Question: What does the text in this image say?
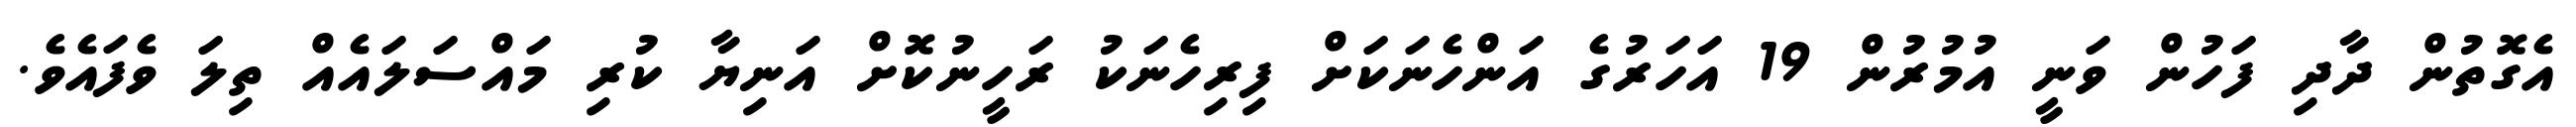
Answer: އެގޮތުން ދާދި ފަހުން ވަނީ އުމުރުން 19 އަހަރުގެ އަންހެނަކަށް ފިރިހެނަކު ރަހީނުކޮށް އަނިޔާ ކުރި މައްސަލައެއް ތިލަ ވެފައެވެ.